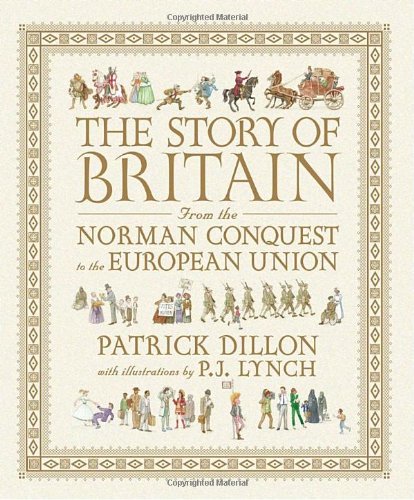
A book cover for The Story of Britain from the Norman Conquest to the European Union; Patrick Dillon; Children's Books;